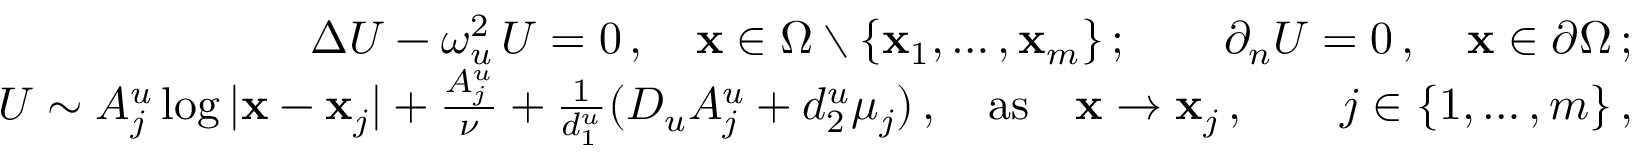
\begin{array} { r l r } & { } & { \Delta U - \omega _ { u } ^ { 2 } \, U = 0 \, , \quad { \bf x } \in \Omega \setminus \{ { \bf x } _ { 1 } , \ldots , { \bf x } _ { m } \} \, ; \qquad \partial _ { n } U = 0 \, , \quad { \bf x } \in \partial \Omega \, ; } \\ & { } & { U \sim A _ { j } ^ { u } \log | { \bf x } - { \bf x } _ { j } | + \frac { A _ { j } ^ { u } } { \nu } + \frac { 1 } { d _ { 1 } ^ { u } } ( D _ { u } A _ { j } ^ { u } + d _ { 2 } ^ { u } \mu _ { j } ) \, , \quad \mathrm { a s } \quad { \bf x } \to { \bf x } _ { j } \, , \qquad j \in \lbrace { 1 , \ldots , m \rbrace } \, , } \end{array}